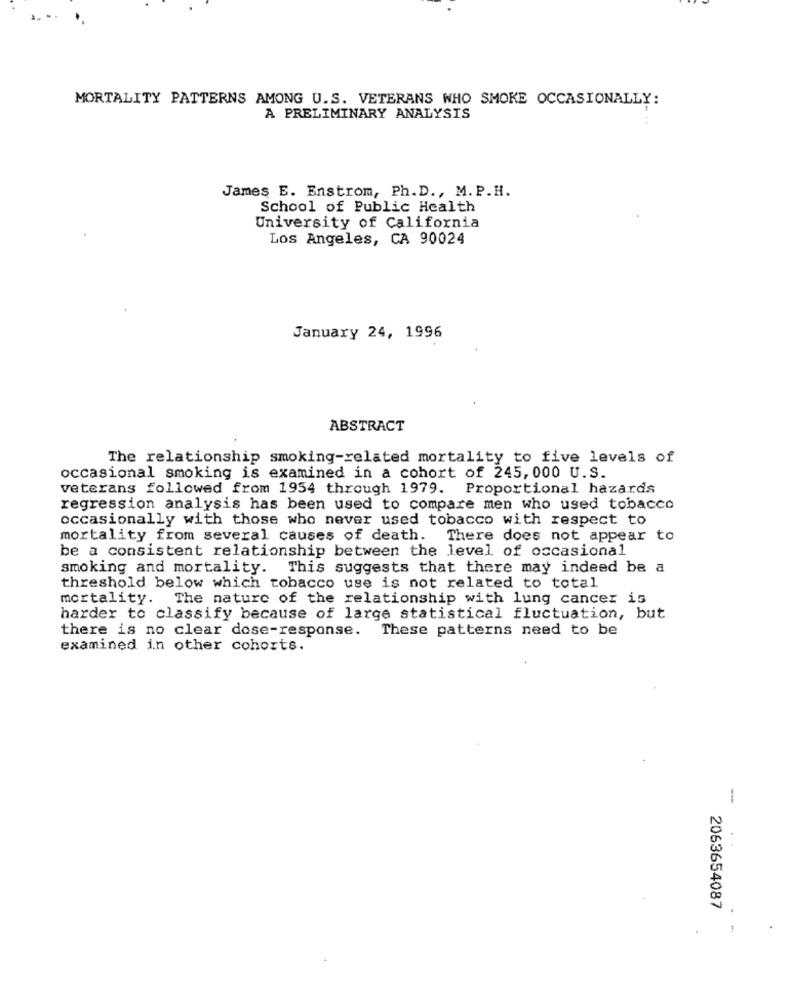
MORTALITY PATTERNS AMONG U.S. VETERANS WHO SMOKE OCCASIONALLY:
A PRELIMINARY ANALYSIS
James E. Enstrom, Ph. D ., M. P.H.
School of Public Health
University of California
Los Angeles, CA 90024
January 24, 1996
ABSTRACT
The relationship smoking-related mortality to five levels of
occasional smoking is examined in a cohort of 245, 000 U.S.
veterans followed from 1954 through 1979. Proportional hazards
regression analysis has been used to compare men who used tobacco
occasionally with those who never used tobacco with respect to
mortality from several causes of death. There does not appear to
be a consistent relationship between the level of occasional
smoking and mortality. This suggests that there may indeed be a
threshold below which tobacco use is not related to total
mortality. The nature of the relationship with lung cancer is
harder to classify because of large statistical fluctuation, but
there is no clear dose-response. These patterns need to be
examined in other cohorts.
--
2063654087